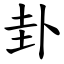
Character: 卦